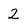
Character: 2